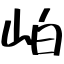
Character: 岶